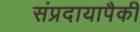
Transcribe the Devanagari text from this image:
संप्रदायापैकी